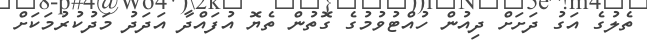
ތެލުގެ އަގު ދަށަށް ދިއުން ހުއްޓުވުމުގެ ގޮތުން ތެޔޮ އުފައްދާ އަދަދު މަދުކުރުމަކަށް